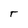
Character: r